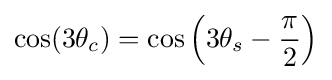
\cos(3\theta _{c})=\cos \left(3\theta _{s}-{\frac {\pi }{2}}\right)